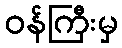
ဝန်ကြီးမှ